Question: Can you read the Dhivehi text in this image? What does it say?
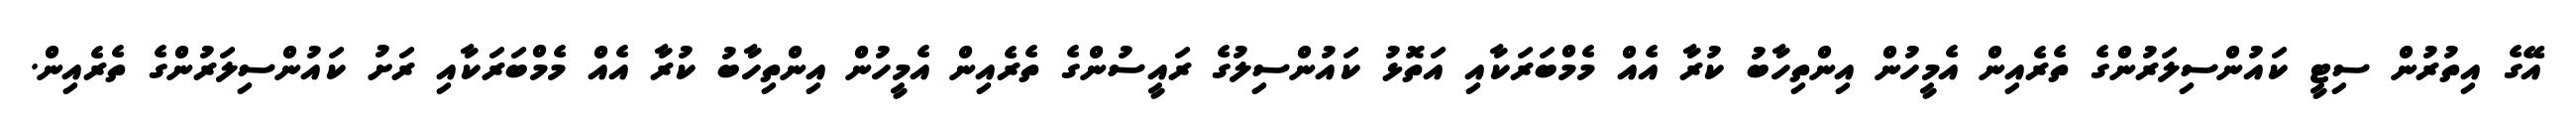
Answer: އޭގެ އިތުރުން ސިޓީ ކައުންސިލަރުންގެ ތެރެއިން އެމީހުން އިންތިހާބު ކުރާ އެއް މެމްބަރަކާއި އަތޮޅު ކައުންސިލުގެ ރައީސުންގެ ތެރެއިން އެމީހުން އިންތިހާބު ކުރާ އެއް މެމްބަރަކާއި ރަށު ކައުންސިލަރުންގެ ތެރެއިން.